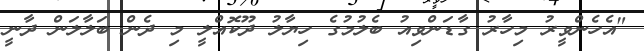
"އެހެންވީރު މިހާރު ގާޑަންވިއު ބެލުމުގެ ހިޔާލު ދޫކޮއްލީ މި ދެން ބަލާލަން ދާނީ